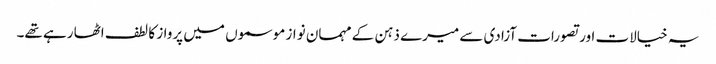
یہ خیالات اور تصورات آزادی سے میرے ذہن کے مہمان نواز موسموں میں پرواز کا لطف اٹھا رہے تھے۔